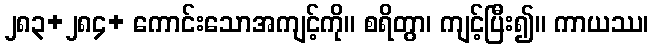
၂၈၃+၂၈၄+ ကောင်းသောအကျင့်ကို။ စရိတွာ၊ ကျင့်ပြီး၍။ ကာယဿ၊